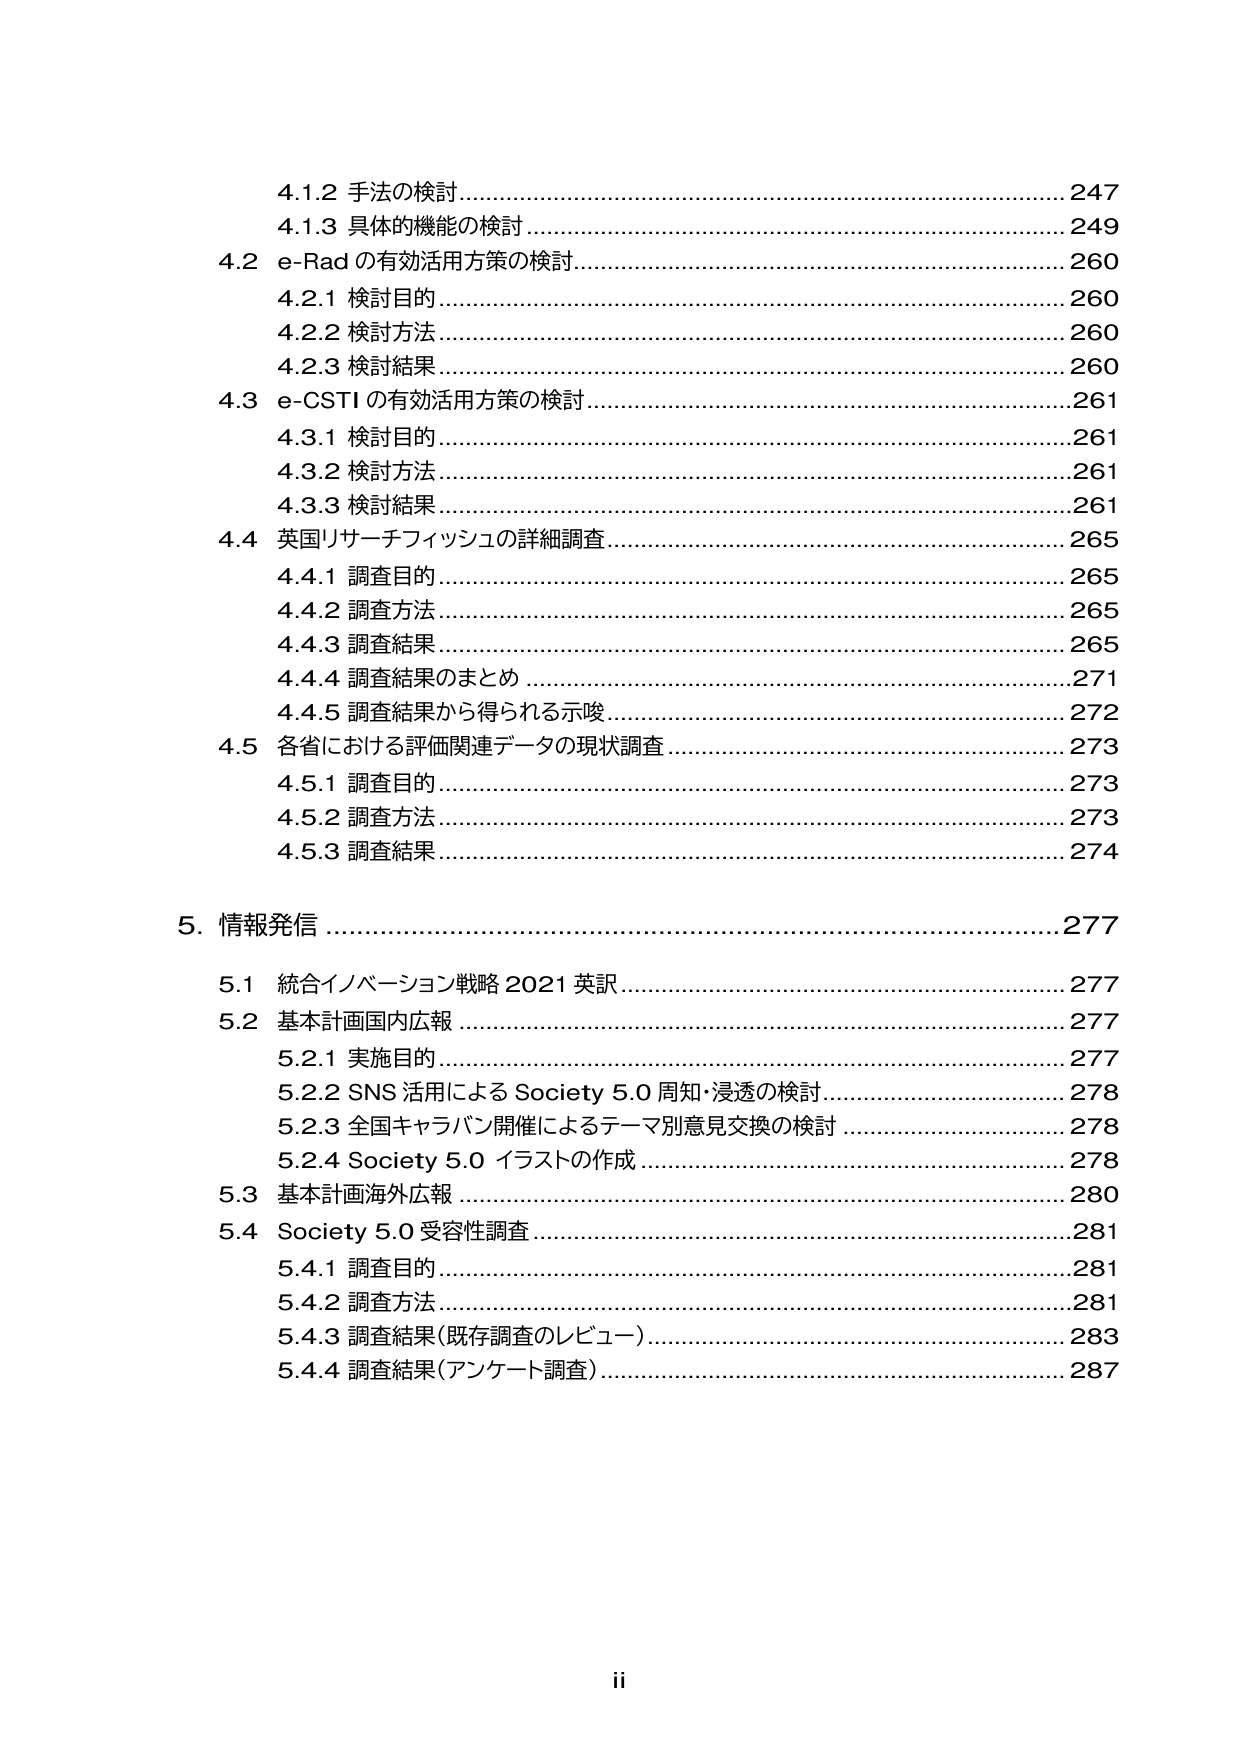
4.1.2 手法の検討 ……………………………………………………………… 247
4.1.3 具体的機能の検討 ……………………………………………………… 249
4.2 e-Rad の有効活用方策の検討 …………………………………………… 260
　4.2.1 検討目的 ………………………………………………………………… 260
　4.2.2 検討方法 ………………………………………………………………… 260
　4.2.3 検討結果 ………………………………………………………………… 260
4.3 e-CSTI の有効活用方策の検討 …………………………………………… 261
　4.3.1 検討目的 ………………………………………………………………… 261
　4.3.2 検討方法 ………………………………………………………………… 261
　4.3.3 検討結果 ………………………………………………………………… 261
4.4 英国リサーチフィッシュの詳細調査 ……………………………………… 265
　4.4.1 調査目的 ………………………………………………………………… 265
　4.4.2 調査方法 ………………………………………………………………… 265
　4.4.3 調査結果 ………………………………………………………………… 265
　4.4.4 調査結果のまとめ ……………………………………………………… 271
　4.4.5 調査結果から得られる示唆 …………………………………………… 272
4.5 各省における評価関連データの現状調査 ………………………………… 273
　4.5.1 調査目的 ………………………………………………………………… 273
　4.5.2 調査方法 ………………………………………………………………… 273
　4.5.3 調査結果 ………………………………………………………………… 274

5. 情報発信 ……………………………………………………………………… 277
　5.1 統合イノベーション戦略 2021 英訳 ……………………………………… 277
　5.2 基本計画国内広報 ………………………………………………………… 277
　　5.2.1 実施目的 ……………………………………………………………… 277
　　5.2.2 SNS 活用による Society 5.0 周知・浸透の検討 …………………… 278
　　5.2.3 全国キャラバン開催によるテーマ別意見交換の検討 ……………… 278
　　5.2.4 Society 5.0 イラストの作成 ………………………………………… 278
　5.3 基本計画海外広報 ………………………………………………………… 280
　5.4 Society 5.0 受容性調査 …………………………………………………… 281
　　5.4.1 調査目的 ……………………………………………………………… 281
　　5.4.2 調査方法 ……………………………………………………………… 281
　　5.4.3 調査結果（既存調査のレビュー） ………………………………… 283
　　5.4.4 調査結果（アンケート調査） ……………………………………… 287

ii